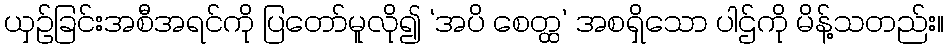
ယှဉ်ခြင်းအစီအရင်ကို ပြတော်မူလို၍ ‘အပိ စေတ္ထ’ အစရှိသော ပါဌ်ကို မိန့်သတည်း။